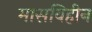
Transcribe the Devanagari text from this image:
मासविहीन